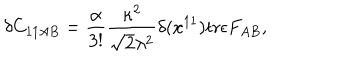
LaTeX: \delta C _ { 1 1 A B } = { \frac { \alpha } { 3 ! } } { \frac { \kappa ^ { 2 } } { \sqrt { 2 } \lambda ^ { 2 } } } \delta ( x ^ { 1 1 } ) \mathrm { t r } \epsilon F _ { A B } ,